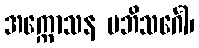
အက္ကောသန မဘိသင်္ဂေါ၊